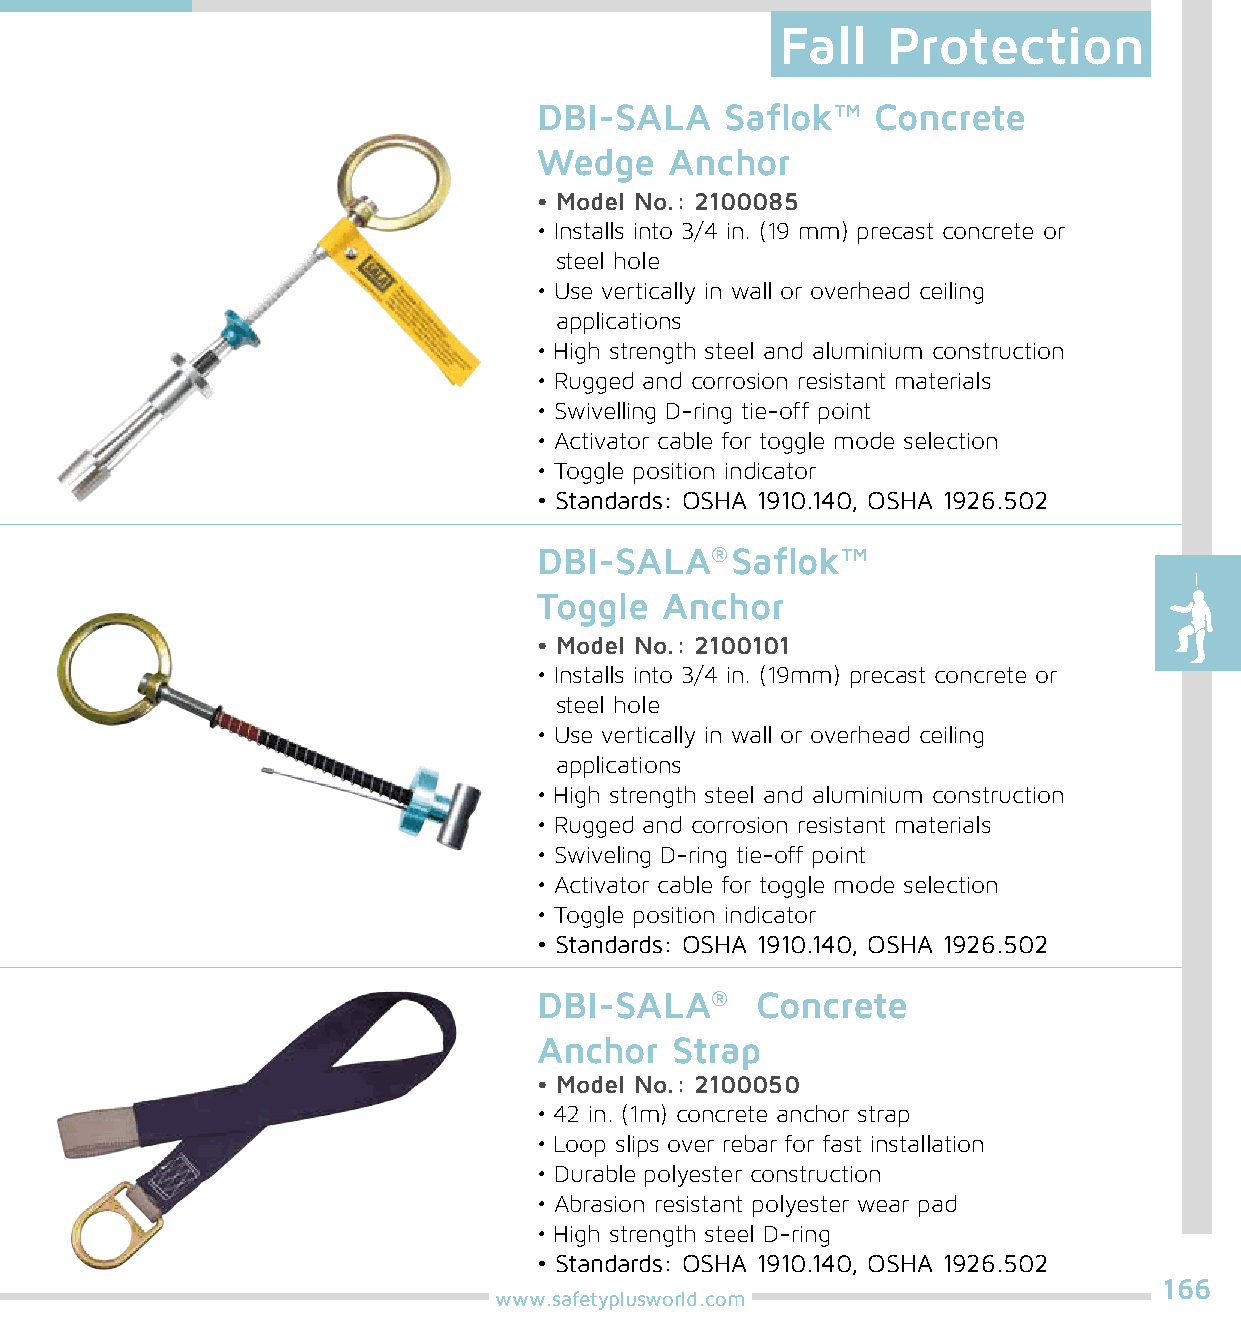
Fall   Protection
 DBI-SALA    Saflok™   Concrete
 Wedge   Anchor
 • Model No.: 2100085
 • Installs into 3/4 in. (19 mm) precast concrete or
 steel hole
 • Use vertically in wall or overhead ceiling
 applications
 • High strength steel and aluminium construction
 • Rugged and corrosion resistant materials
 • Swivelling D-ring tie-off point
 • Activator cable for toggle mode selection
 • Toggle position indicator
 • Standards: OSHA 1910.140, OSHA 1926.502
 DBI-SALA®   Saflok™
 Toggle  Anchor
 • Model No.: 2100101
 • Installs into 3/4 in. (19mm) precast concrete or
 steel hole
 • Use vertically in wall or overhead ceiling
 applications
 • High strength steel and aluminium construction
 • Rugged and corrosion resistant materials
 • Swiveling D-ring tie-off point
 • Activator cable for toggle mode selection
 • Toggle position indicator
 • Standards: OSHA 1910.140, OSHA 1926.502
 DBI-SALA®     Concrete
 Anchor  Strap
 • Model No.: 2100050
 • 42 in. (1m) concrete anchor strap
 • Loop slips over rebar for fast installation
 • Durable polyester construction
 • Abrasion resistant polyester wear pad
 • High strength steel D-ring
 • Standards: OSHA 1910.140, OSHA 1926.502
 166
 www.safetyplusworld.com